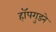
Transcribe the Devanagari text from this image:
हॉपगुडने